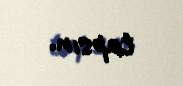
tapsın.